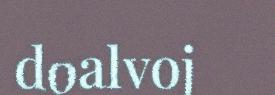
doalvoj